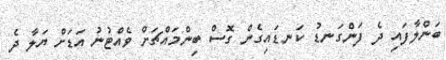
ބަންލާފައި ދެ ފަންގަނޑު ކަނޑައިގެން ގޮސް ބިންމައްޗަށް ވެއްޓުނު އަޑަށް ޔަލާ ދެ